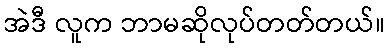
အဲဒီ လူက ဘာမဆိုလုပ်တတ်တယ်။